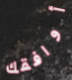
أوافقك